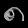
Digit: ၈